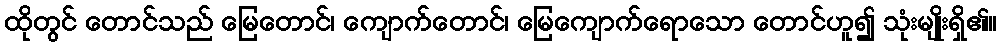
ထိုတွင် တောင်သည် မြေတောင်၊ ကျောက်တောင်၊ မြေကျောက်ရောသော တောင်ဟူ၍ သုံးမျိုးရှိ၏။